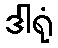
ဒါရုံ